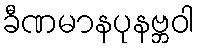
ခီဏမာနပုနဗ္ဘဝါ